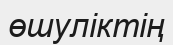
өшуліктің